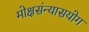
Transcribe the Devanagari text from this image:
मोक्षसंन्यासयोग